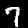
Label: 7